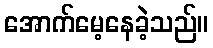
အောက်မေ့နေခဲ့သည်။